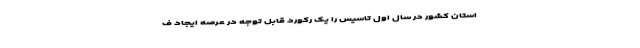
استان کشور در سال اول تاسیس را یک رکورد قابل توجه در عرصه ایجاد ف